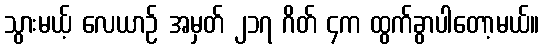
သွားမယ့် လေယာဉ် အမှတ် ၂၁၇ ဂိတ် ၄က ထွက်ခွာပါတော့မယ်။